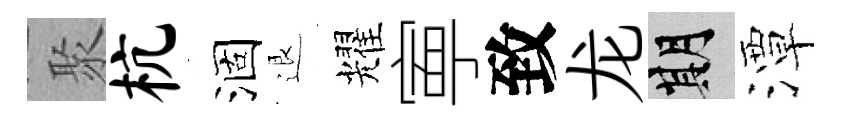
聚杭涸退耀寕致龙期潭